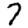
Digit: 7